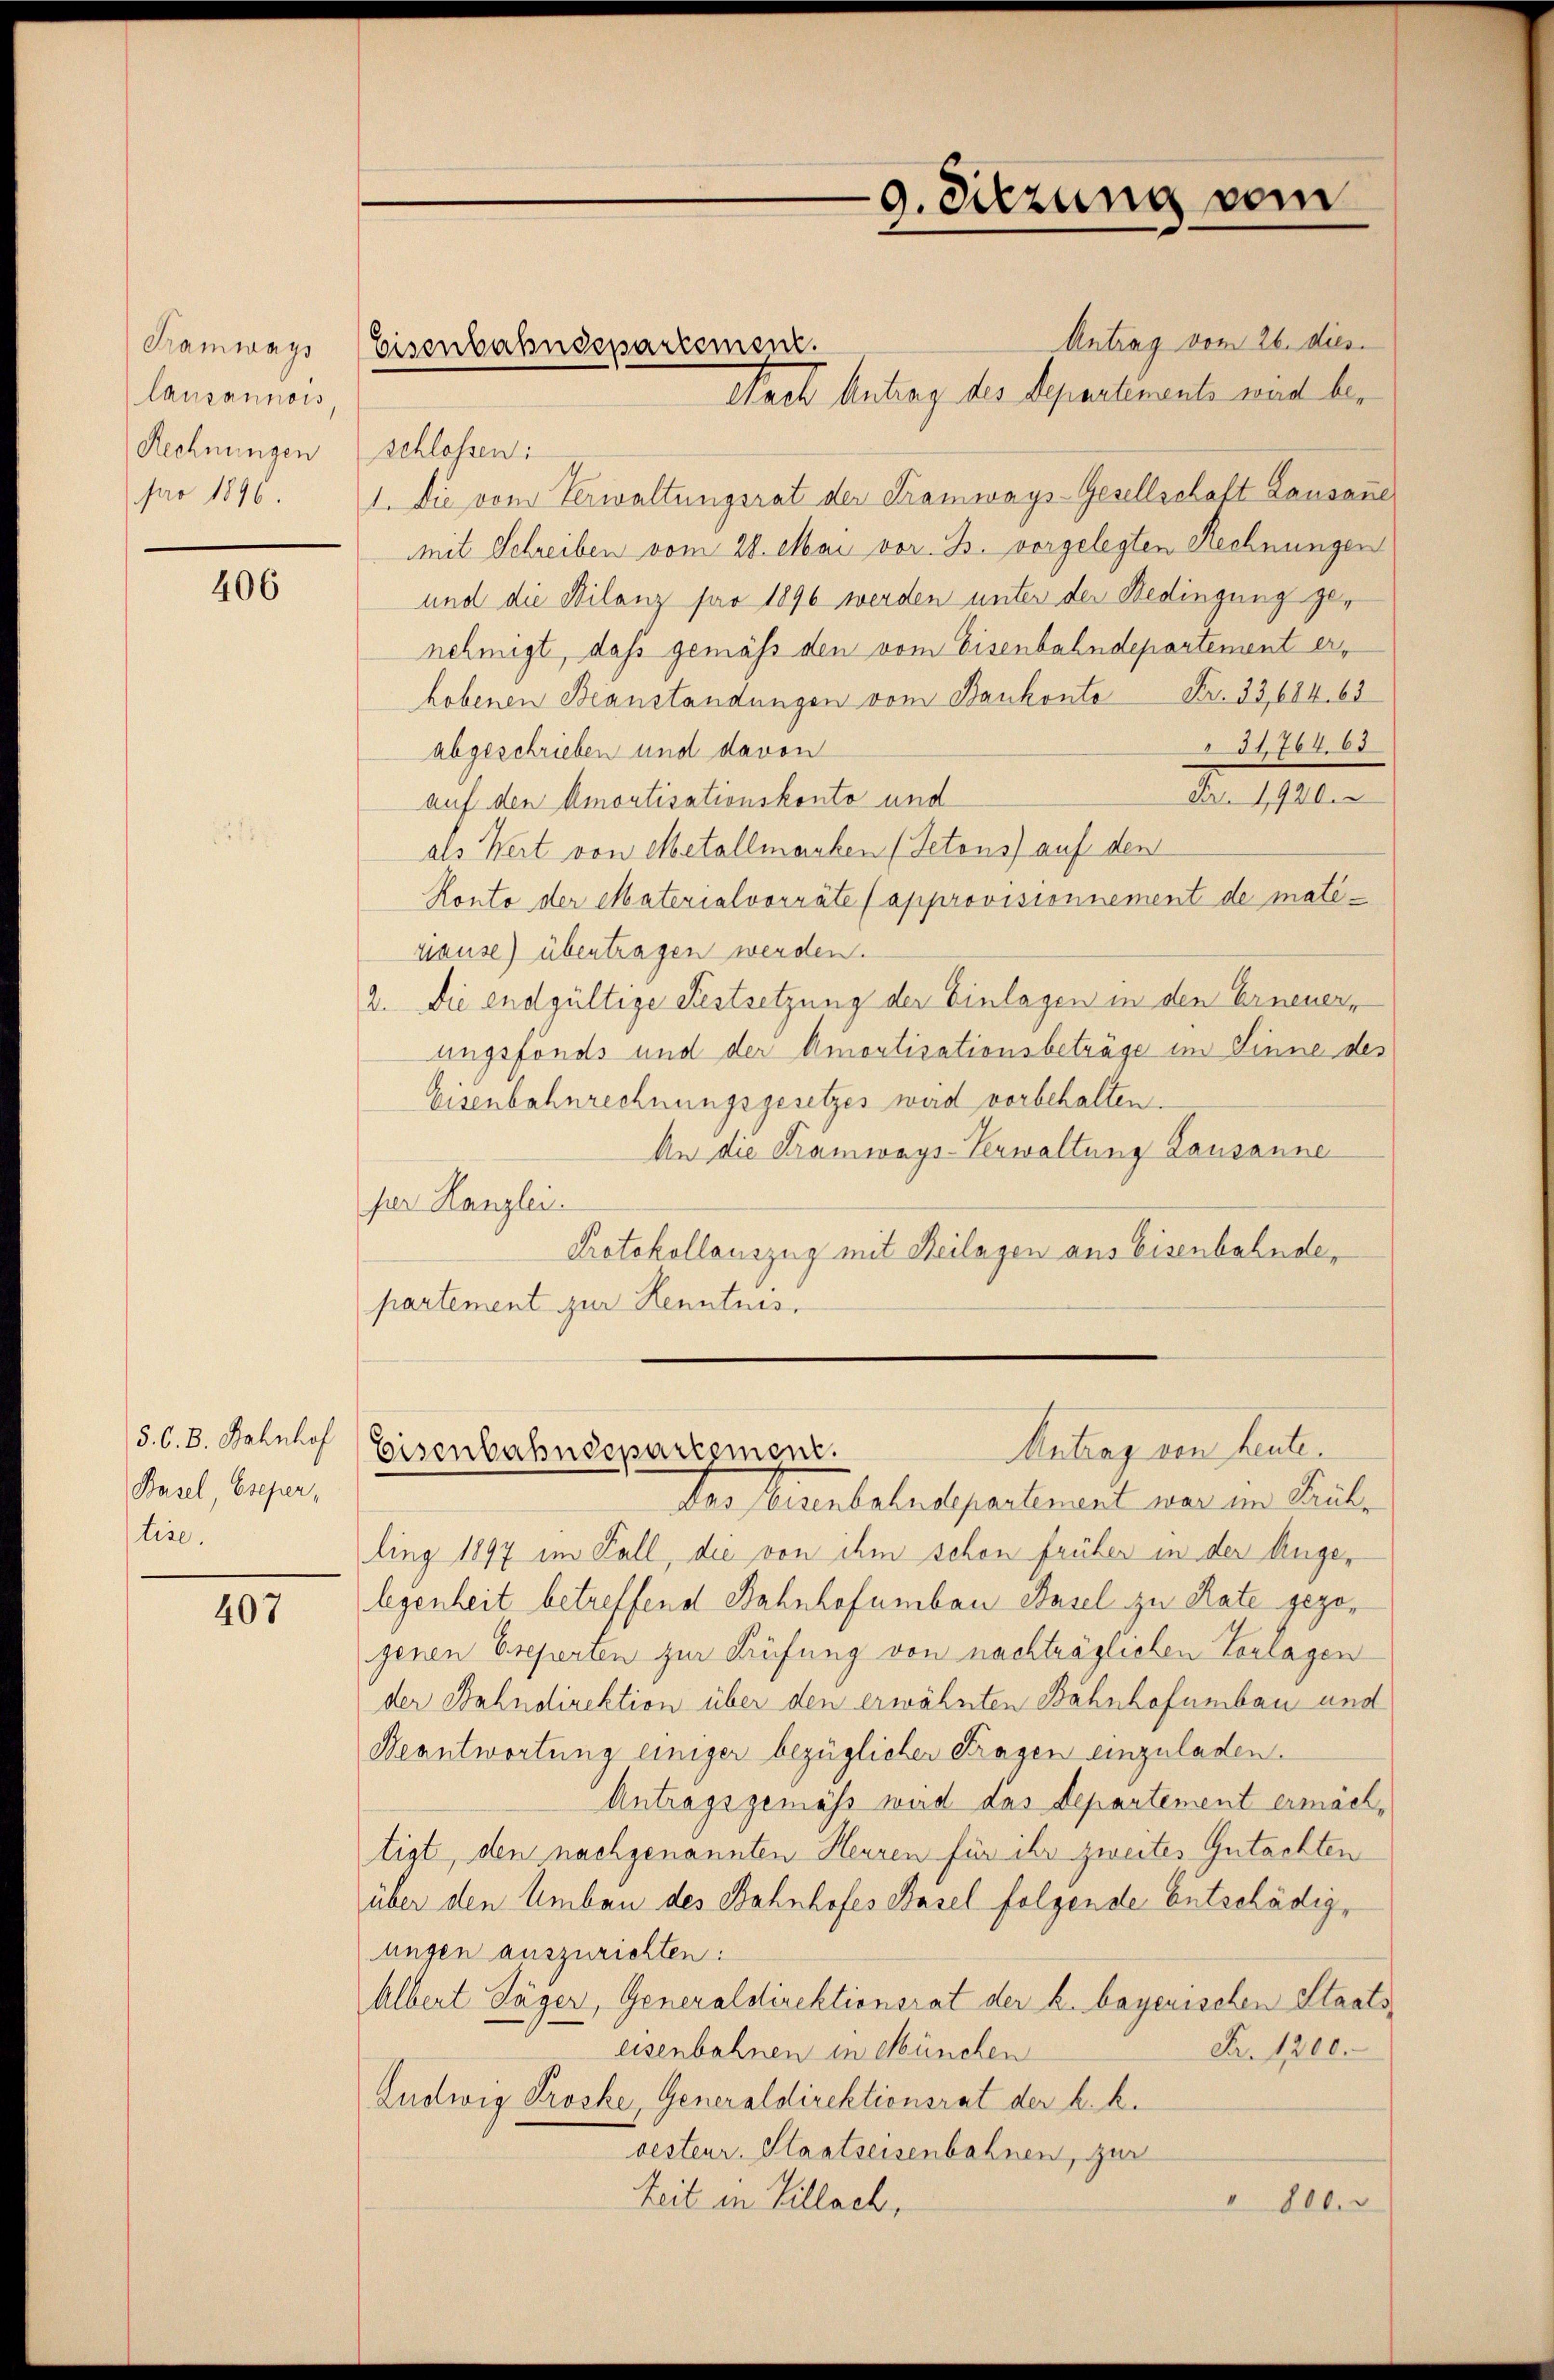
Tramways
Causannois,
Rechnungen
pro 1896.

406

5. C. B. Bahnhof
Basel, Eseper,
tire.

407

Antrag vom 26. dies
Nach Antrag des Separtemente wird bes
schlossen:
1. Die vom Verwaltungsrat der Tramwags-Gesellschaft Lausanne
mit Schreiben vom 28. Mai vor. B. vorgelegten Rechnungen
und die Milanz far 1896 werden unter der Bedingung genehmigt, dass gemäß den vom Eisenbahndepartement erhobenen Beanstandungen vom Bankonte Fr. 33,684. 63
3176408
abgeschrieben und davon
Fr. 1920
auf den Amortisationskonto und
als Wert von Metallmachen (Setons auf den
Konto der Materialvorräte (approvisionnement de mategieuse) übertragen werden.
2. Die endgültige Festsetzung der Einlagen in den Erneuerungsfonds und der Amortisationsbeträge im Sinne des
Eisenbahnrechnungsgesetzes wird vorbehalten.
An die Kramways-Verwaltung Lausanne
per Kanzlei.
Protokollauszug mit Beilagen aus Eisenbahndepartement zur Kenntnis.

Eisenbahndepartement.

Der Eisenbahndepartement war im Pauls
ling 1897 im Fall, die von ihm schon früher in der Angelegenheit betreffend Bahnhofumban Basel zu Rate gezojenen Ereperten zur Prüfung von nachträglichen Vorlagen
der Bahndirektion über den erwähnten Bahnhofumbau und
Beantwortung einiger bezüglicher Fragen einzuladen.
Antragsgemäss wird das Departement ermächtigt, den nachgenannten Heuren für ihr zweites Gutachten
über den Umbau des Bahnhofes Basel folgende Entschädigungen auszurichten:
Albert Jäger, Generaldirektionsrat der h. bayerischen Staats¬
Nr. 1200.
eisenbahnen in München
Ludwig Troske, Generaldirektionsrat der k. k.
besteur. Staatseisenbahnen, zur
Zeit in Villach,
" 800.

9. Sitzung vom

Antrag von heute.
Eisenbahndepartement.